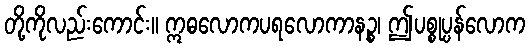
တို့ကိုလည်းကောင်း။ ဣဓလောကပရလောကာနဉ္စ၊ ဤပစ္စုပ္ပန်လောက